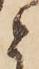
と